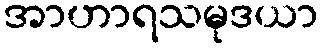
အာဟာရသမုဒယာ